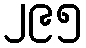
၂၉၅